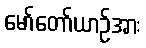
မော်တော်ယာဉ်အား